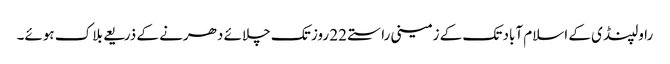
راولپنڈی کے اسلام آباد تک کے زمینی راستے 22 روز تک چلائے دھرنے کے ذریعے بلاک ہوئے۔